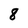
Character: 8